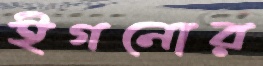
ইগনোর